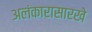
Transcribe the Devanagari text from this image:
अलंकारासारखे